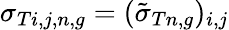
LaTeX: \sigma_{Ti,j,n,g}=(\tilde{\sigma}_{Tn,g})_{i,j}